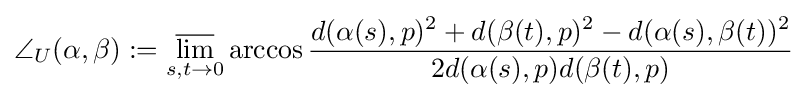
\angle _{U}(\alpha ,\beta ):=\varlimsup _{s,t\to 0}\arccos {\frac {d(\alpha (s),p)^{2}+d(\beta (t),p)^{2}-d(\alpha (s),\beta (t))^{2}}{2d(\alpha (s),p)d(\beta (t),p)}}